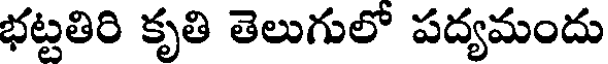
భట్టతిరి కృతి తెలుగులో పద్యమందు